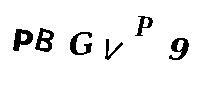
PBGVP9